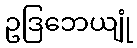
ဥဒြဘေယျုံ